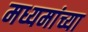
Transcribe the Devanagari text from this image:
मध्यमांच्या